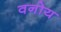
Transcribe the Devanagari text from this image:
वनोय